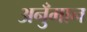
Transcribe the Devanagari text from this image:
अनुँमान